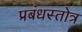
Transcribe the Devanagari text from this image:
प्रबंधस्तोत्र